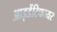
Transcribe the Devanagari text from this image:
आइडेंटिफायर